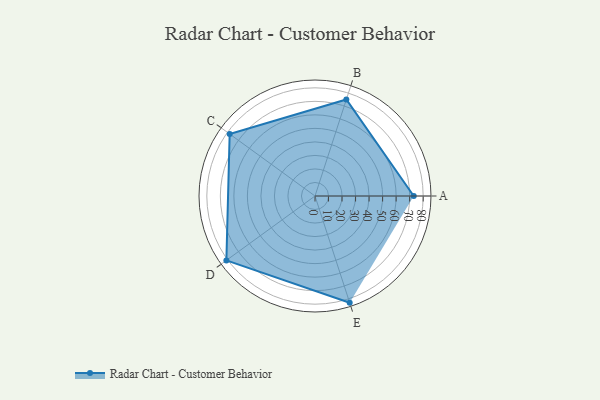
{"axis": {"x": "Skill", "y": "Score"}, "legend": ["Profile"], "data": [{"x": "A", "y": 73.0, "type": "Profile"}, {"x": "B", "y": 75.0, "type": "Profile"}, {"x": "C", "y": 78.0, "type": "Profile"}, {"x": "D", "y": 81.0, "type": "Profile"}, {"x": "E", "y": 83.0, "type": "Profile"}]}